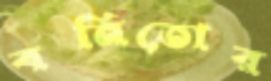
বনিতোর